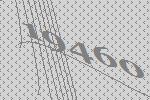
19460